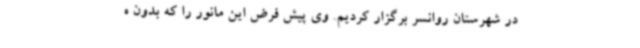
در شهرستان روانسر برگزار کردیم. وی پیش فرض این مانور را که بدون ه